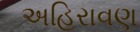
અહિરાવણ